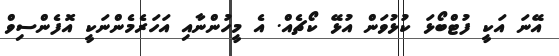
އޭނަ އަކީ ފުޓްބޯޅަ ކުޅުވަން އުޅޭ ކޯޗެއް. އެ މީހުންނާއި އަހަރެމެންނަކީ އޮފެންސިވް